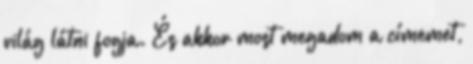
világ látni fogja. És akkor most megadom a címemet,